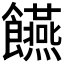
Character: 𮩘